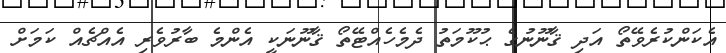
އެކަންކުރެވޭތޯ އަދި ޤާނޫނުގެ ޙުކޫމަތު ދެމެހެއްޓޭތޯ ޤާނޫނަކީ އެންމެ ބާރުވެރި އެއްޗެއް ކަމަށް